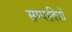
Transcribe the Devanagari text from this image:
सम्पादित्रों